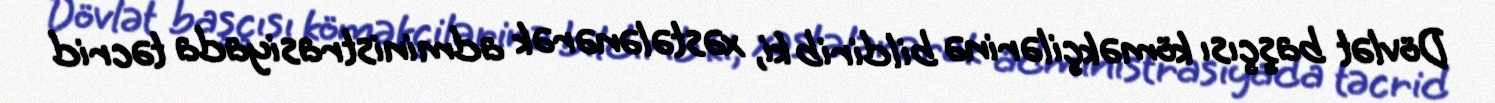
Dövlət başçısı köməkçilərinə bildirib ki, xəstələnərək administrasiyada təcrid